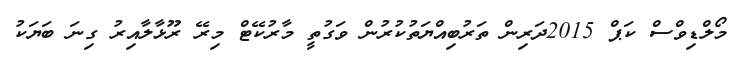
މޯލްޑިވްސް ކަޕް 2015ދަރިން ތަރުބިއްޔަތުކުރުން ވަގުތީ މާރުކޭޓް މިރޭ ރޫޅާލާއިރު ގިނަ ބަޔަކު